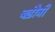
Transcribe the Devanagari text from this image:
बढ़ौत्री